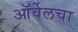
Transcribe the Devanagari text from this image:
ऑर्वेलचा